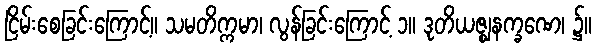
ငြိမ်းစေခြင်းကြောင့်။ သမတိက္ကမာ၊ လွန်ခြင်းကြောင့် ၁။ ဒုတိယဇ္ဈနက္ခဏေ၊ ၌။